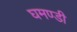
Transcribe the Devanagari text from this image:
घमण्‍डी